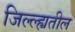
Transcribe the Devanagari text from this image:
जिल्ल्ह्यतील